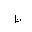
Letter: _da